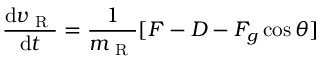
\frac { \mathrm { d } v _ { \mathrm { ~ R ~ } } } { \mathrm { d } t } = \frac { 1 } { m _ { \mathrm { ~ R ~ } } } [ F - D - F _ { g } \cos { \theta } ]